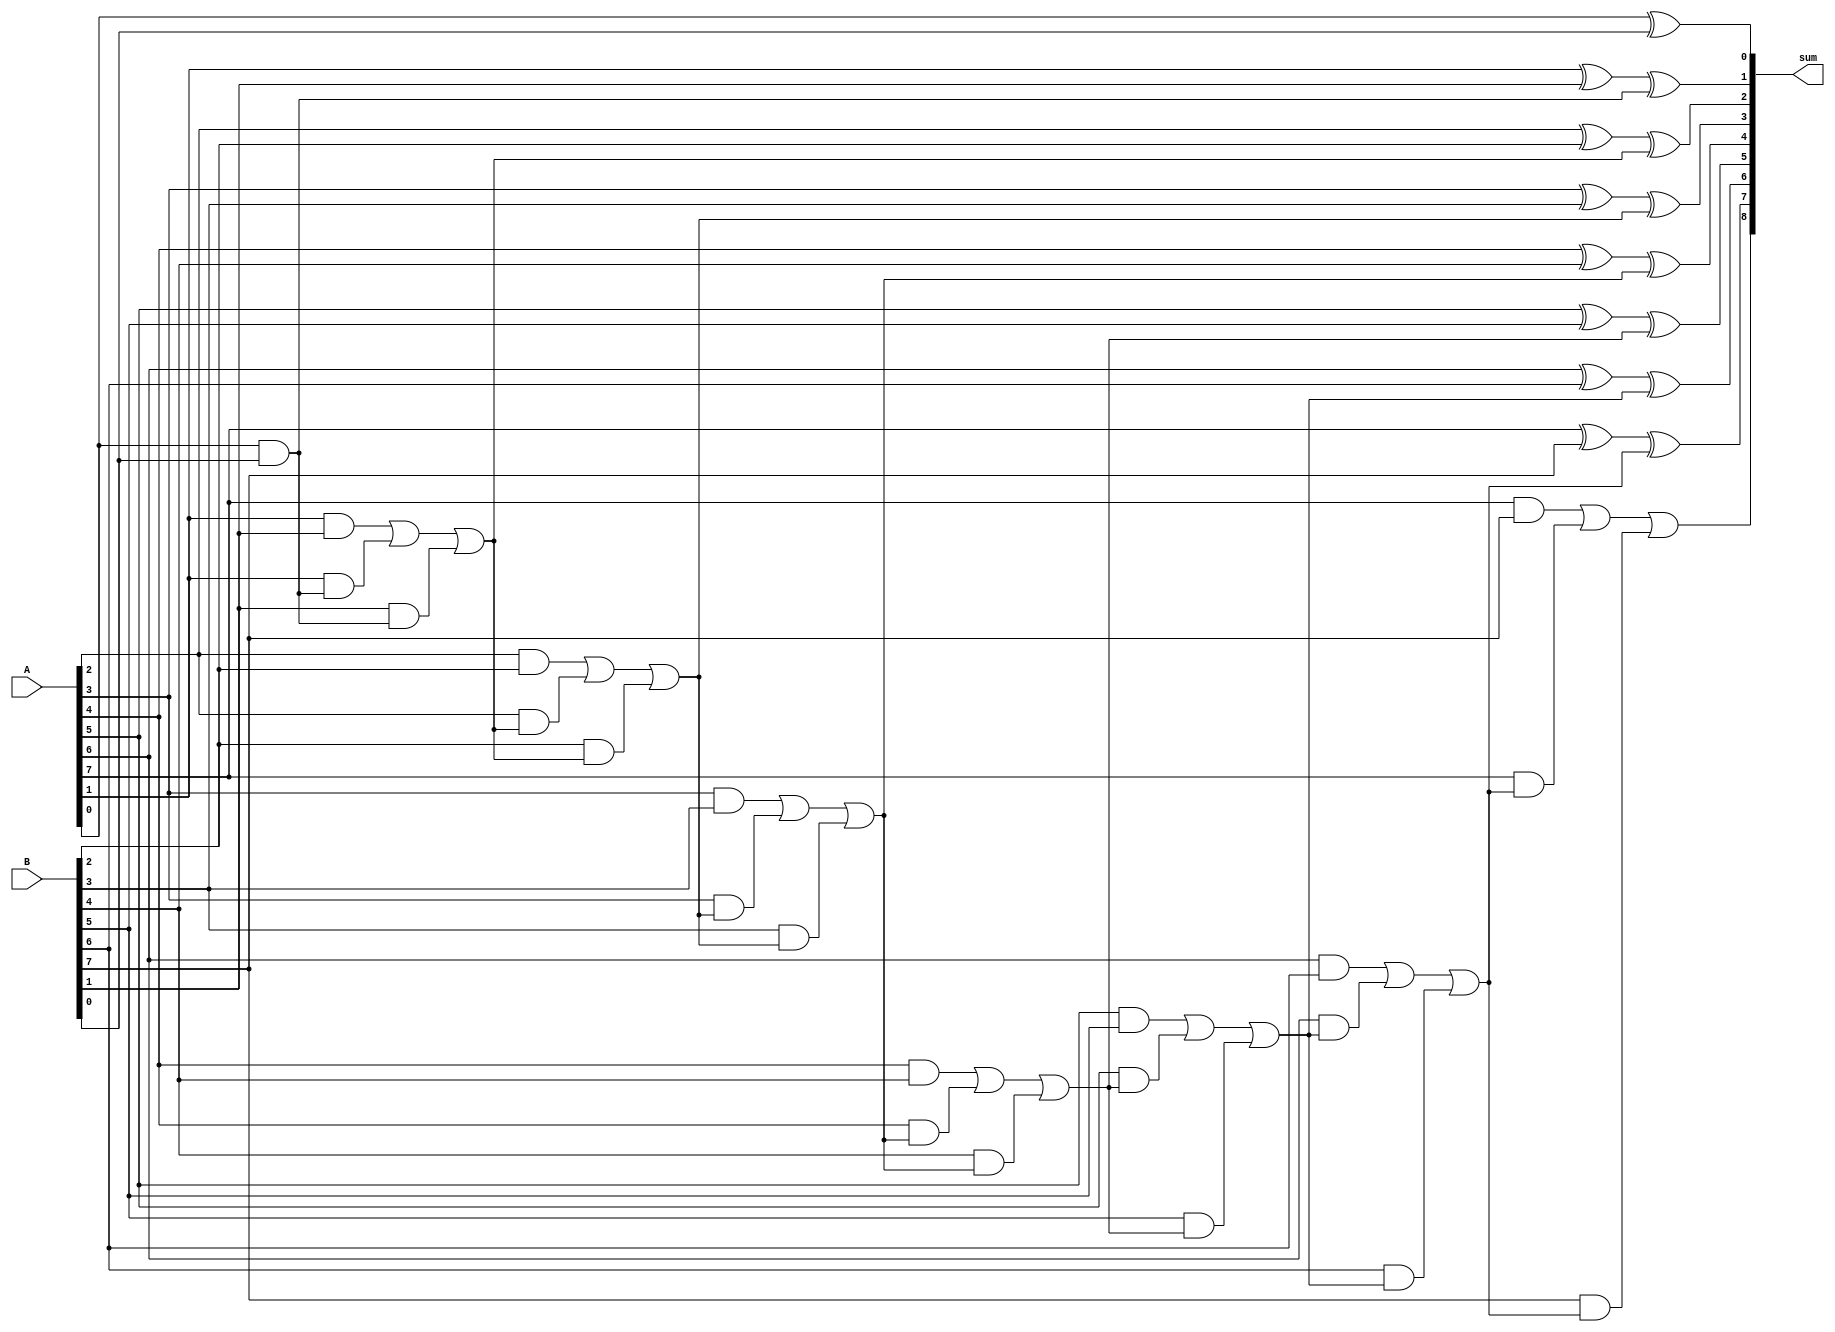
module ripple_carry_adder (
    input [7:0] A,
    input [7:0] B,
    output [8:0] sum
);

wire [8:0] carry;
assign sum[0] = A[0] ^ B[0];
assign carry[0] = A[0] & B[0];

genvar i;
generate
    for (i = 1; i < 8; i = i+1) begin
        assign sum[i] = A[i] ^ B[i] ^ carry[i-1];
        assign carry[i] = (A[i] & B[i]) | (A[i] & carry[i-1]) | (B[i] & carry[i-1]);
    end
endgenerate

assign sum[8] = carry[7];

endmodule